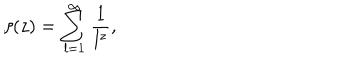
\zeta ( z ) = \sum _ { l = 1 } ^ { \infty } \frac { 1 } { l ^ { z } } ,